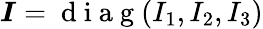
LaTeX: \boldsymbol{I}=\mathrm{~d~i~a~g~}(I_{1},I_{2},I_{3})